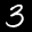
Label: 3